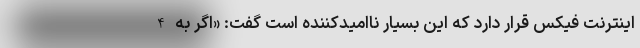
اینترنت فیکس قرار دارد که این بسیار ناامیدکننده است گفت: «اگر به 4